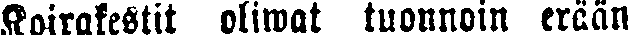
Koirakestit oliwat tuonnoin erään